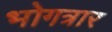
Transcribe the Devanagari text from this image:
भोगत्रार